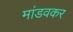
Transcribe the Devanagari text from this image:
मांडवकर